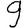
Digit: 9